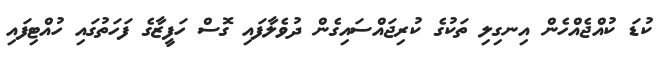
ކުޑަ ކުއްޖެއްހެން އިނގިލި ތަކުގެ ކުރިޖައްސައިގެން ދުވެލާފައި ގޮސް ހަފީޒާގެ ފަހަތުގައި ހުއްޓިފައި